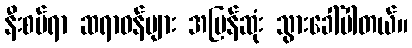
နီးစပ်ရာ ဆရာဝန်များ အမြန်ဆုံး သွားခေါ်ပါတယ်။